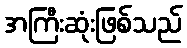
အကြီးဆုံးဖြစ်သည်